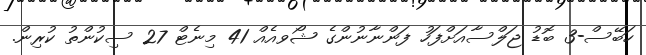
ހަބޭސް-3 ބޮޑު ޖަލްސާއަށްފަހު ފަންނާނުންގެ ޝޯވއެއް 41 މިނެޓް 27 ސިކުންތު ކުރިން.